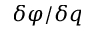
\delta \varphi / \delta q